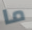
ما